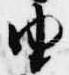
由